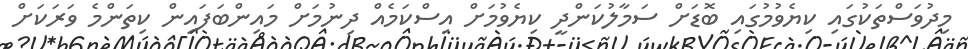
މިދުވަސްތަކުގައި ކިޔެވުމުގައި ބޮޑަށް ސަމާލުކަންދީ ކިޔެވުމަށް އިސްކަމެއް ދިނުމަށް މައިންބަފައިން ކިތަންމެ ވަރަކަށް